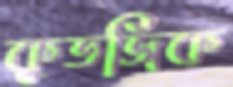
কুতজিক